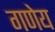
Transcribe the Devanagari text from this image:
गणेय